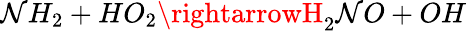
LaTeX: \mathcal{N}H_{2}+HO_{2}\rightarrowH_{2}\mathcal{N}O+OH